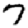
Digit: 7